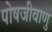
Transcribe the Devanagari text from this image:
पोषजीवाणु